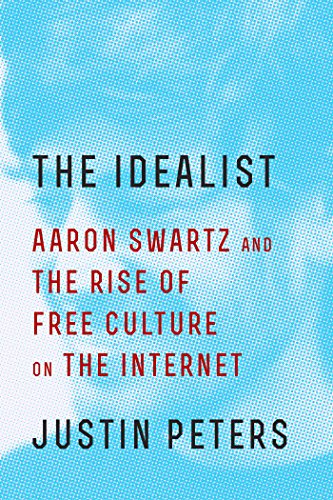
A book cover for The Idealist: Aaron Swartz and the Rise of Free Culture on the Internet; Justin Peters; Law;